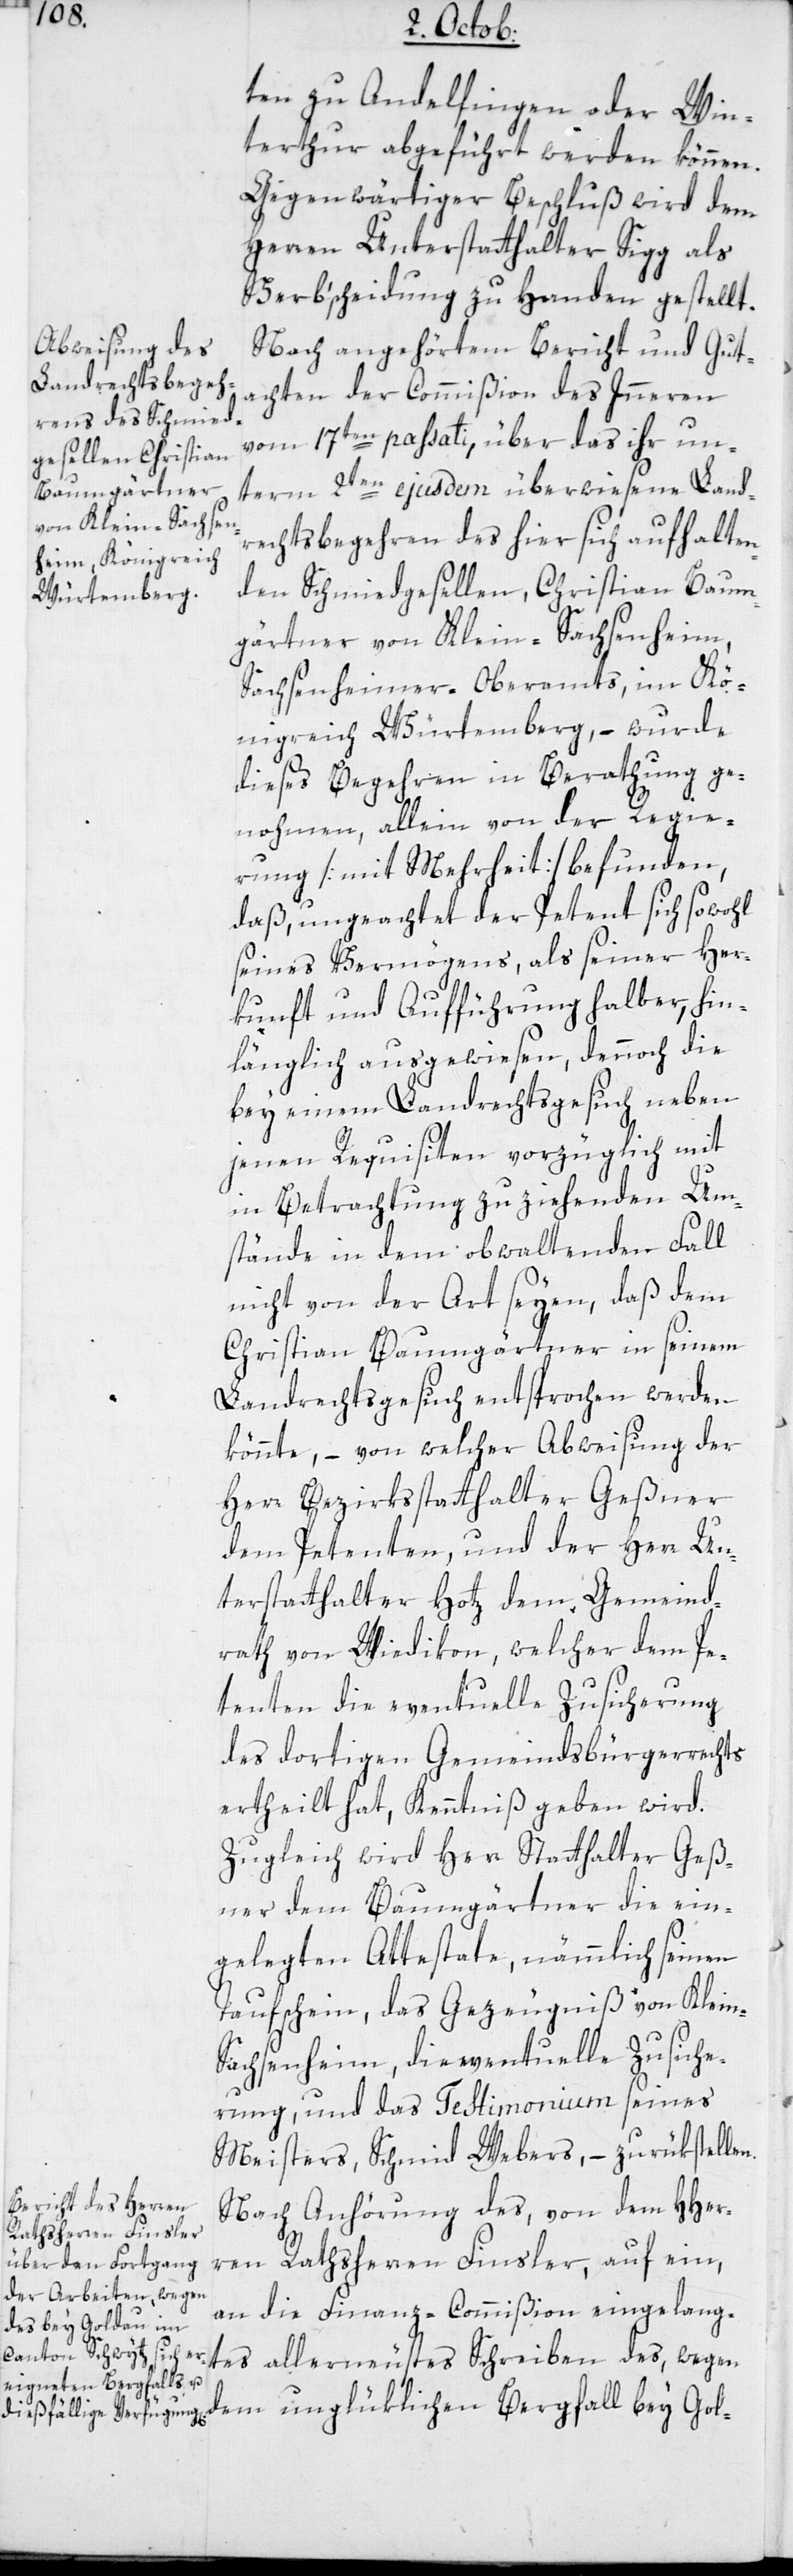
n.

ten zu Andelfingen oder Win¬
terthur abgeführt werden können.
Gegenwärtiger Beschluß wird dem
Herren Unterstatthalter Sigg als
Verbscheidung zu Handen gestellt.
Nach angehörtem Bericht und Gut¬
achten der Commißion des Innern
vom 17ten passati, über das ihr un¬
term 2ten ejusdem überwiesene Land¬
rechtsbegehren des hier sich aufhalten¬
den Schmiedgesellen, Christian Baum¬
gärtner von Klein-Sachsenheim,
Sachsenheimer-Oberamts im Kö¬
nigreich Würtemberg, – wurde
dieses Begehren in Berathung ge¬
nohmen, allein von der Regie¬
rung [mit Mehrheit] befunden,
daß ungeachtet der Petent sich sowohl
seines Vermögens als seiner Her¬
kunft und Aufführung halber, hin¬
länglich ausgewiesen, dennoch die
bey einem Landrechtsgesuch neben
jenen Requisiten vorzüglich mit
in Betrachtung zu ziehenden Um¬
stände in dem obwaltenden Fall
nicht von der Art seyen, daß dem
Christian Baumgärtner in seinem
Landrechtsgesuch entsprochen werden
könnte, – von welcher Abweisung der
Herr Bezirksstatthalter Geßner
dem Petenten und der Herr Un¬
terstatthalter Hotz dem Gemeind¬
rath von Wiedikon, welcher dem Pe¬
tenten die eventuelle Zusicherung
des dortigen Gemeindsbürgerrechts
ertheilt hat, Kenntniß geben wird.
Zugleich wird Herr Statthalter Geß¬
ner dem Baumgärtner die ein¬
gelegten Attestate, nämmlich seinen
Taufschein, das Gezeugniß von Klein-S¬
achsenheim, die eventuelle Zusiche¬
rung, und das Testimonium seines
Meisters, Schmied Webers, zurükstelle¬
Nach Anhörung des von dem HHer¬
ren Rathsherren Finsler, auf ein,
an die Finanz-Commißion eingelang¬
tes allerneustes Schreiben des, wegen
dem unglüklichen Bergfall bey Gol-